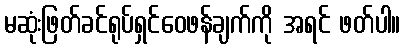
မဆုံးဖြတ်ခင်ရုပ်ရှင်ဝေဖန်ချက်ကို အရင် ဖတ်ပါ။